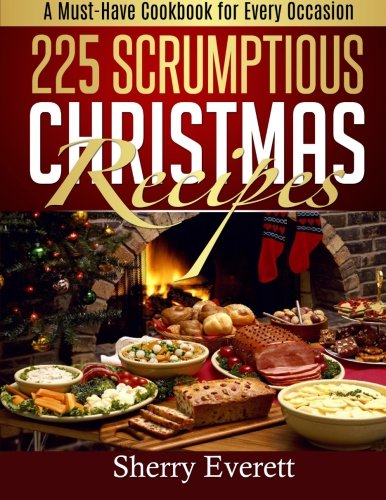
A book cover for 225 Scrumptious Christmas Recipes: A Must-Have Cookbook for Thanksgiving Too!; Sherry Everett; Cookbooks, Food & Wine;